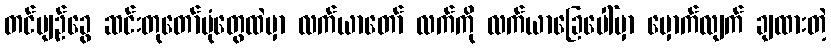
တင်ပျဉ်ခွေ ဆင်းတုတော်ပုံတွေထဲမှာ လက်ယာတော် လက်ကို လက်ယာခြေပေါ်မှာ မှောက်လျက် ချထားတဲ့